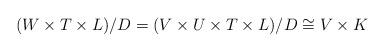
LaTeX: \begin{align*}(W\times T\times L)/D=(V\times U\times T\times L)/D\cong V\times K\end{align*}